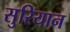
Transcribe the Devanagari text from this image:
सुरियान